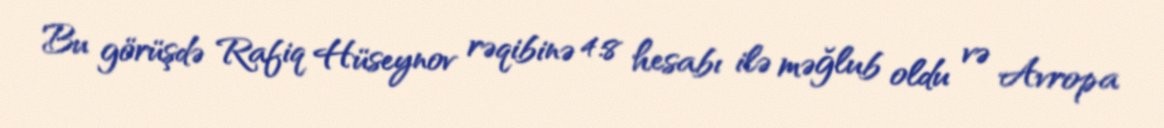
Bu görüşdə Rafiq Hüseynov rəqibinə 4:8 hesabı ilə məğlub oldu və Avropa